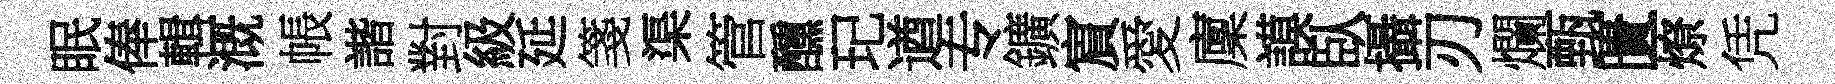
眠俸輯溉帳諧對級延箋渠管醺玘遒专鑛賔愛廩謨臥攝刃爛甄匱燎凭